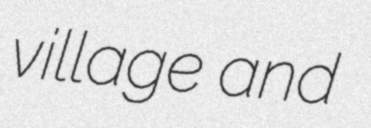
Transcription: village and